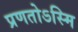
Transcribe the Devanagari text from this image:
प्रणतोऽस्मि